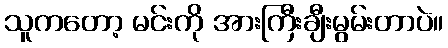
သူကတော့ မင်းကို အားကြီးချီးမွမ်းတာပဲ။